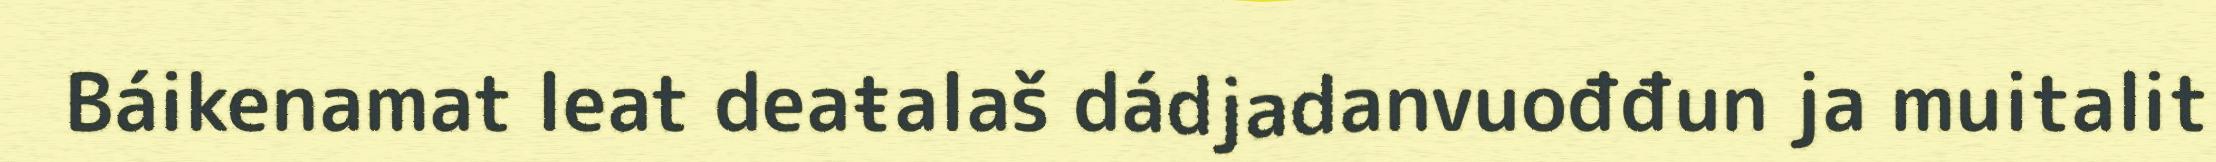
Báikenamat leat deaŧalaš dádjadanvuođđun ja muitalit